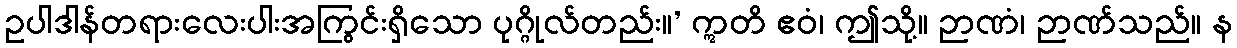
ဥပါဒါန်တရားလေးပါးအကြွင်းရှိသော ပုဂ္ဂိုလ်တည်း။’ ဣတိ ဧဝံ၊ ဤသို့။ ဉာဏံ၊ ဉာဏ်သည်။ န